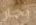
بحار